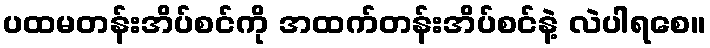
ပထမတန်းအိပ်စင်ကို အထက်တန်းအိပ်စင်နဲ့ လဲပါရစေ။